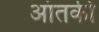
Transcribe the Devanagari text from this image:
आंतकी